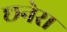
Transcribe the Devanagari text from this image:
छनेरा